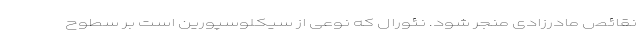
نقائص مادرزادی منجر شود. نئورال که نوعی از سیکلوسپورین است بر سطوح